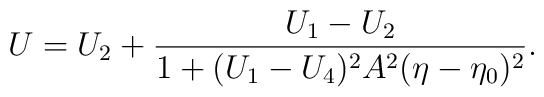
U=U_2+\frac{U_1-U_2}{1+(U_1-U_4)^2A^2(\eta-\eta_0)^2}.